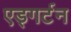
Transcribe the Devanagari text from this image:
एड्गर्टन